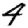
Digit: 4